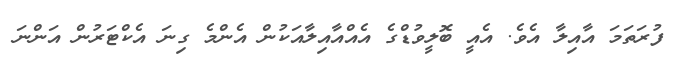
ފުރަތަމަ އާއިލާ އެވެ. އެއީ ބޮލީވުޑްގެ އެއްއާއިލާއަކުން އެންމެ ގިނަ އެކްޓަރުން އަންނަ